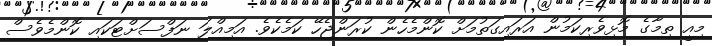
މިއީ ތިމާގެ މޮޅިވެރިކަމުން އަރައިގަތުމަށް ކޮންމެހެން ކުރަންޖެހޭ ކަމެކެވެ. އަމިއްލަ ނަފްސަށްޓަކައި ކޮންމެވެސް